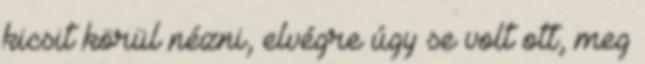
kicsit körül nézni, elvégre úgy se volt ott, meg